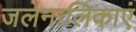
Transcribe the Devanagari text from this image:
जलनालिकाएं